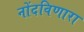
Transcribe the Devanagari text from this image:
नोंदविणारा